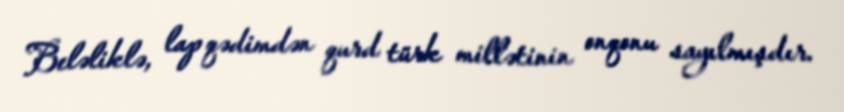
Beləliklə, lap qədimdən qurd türk millətinin onqonu sayılmışdır.